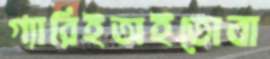
গ্যারিইঅইতোবা